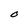
Character: O